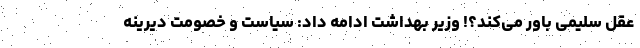
عقل سلیمی باور می‌کند؟! وزیر بهداشت ادامه داد: سیاست و خصومت دیرینه